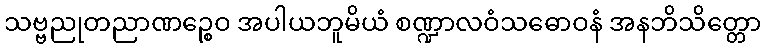
သဗ္ဗညုတညာဏဉ္စေဝ အပါယဘူမိယံ စဏ္ဍာလဝံသဓောဝနံ အနဘိသိတ္တော